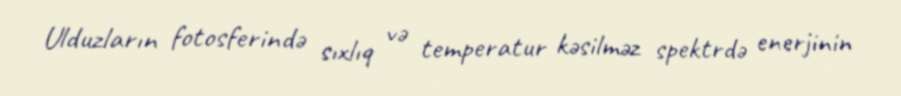
Ulduzların fotosferində sıxlıq və temperatur kəsilməz spektrdə enerjinin